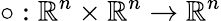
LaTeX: \circ:\mathbb{R}^{n}\times\mathbb{R}^{n}\to\mathbb{R}^{n}